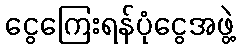
ငွေကြေးရန်ပုံငွေအဖွဲ့